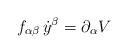
LaTeX: \begin{align*}f_{\alpha\beta}\,\dot y^\beta=\partial_\alpha V\end{align*}